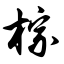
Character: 棕